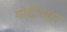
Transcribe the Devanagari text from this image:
गोदीवाड़ा